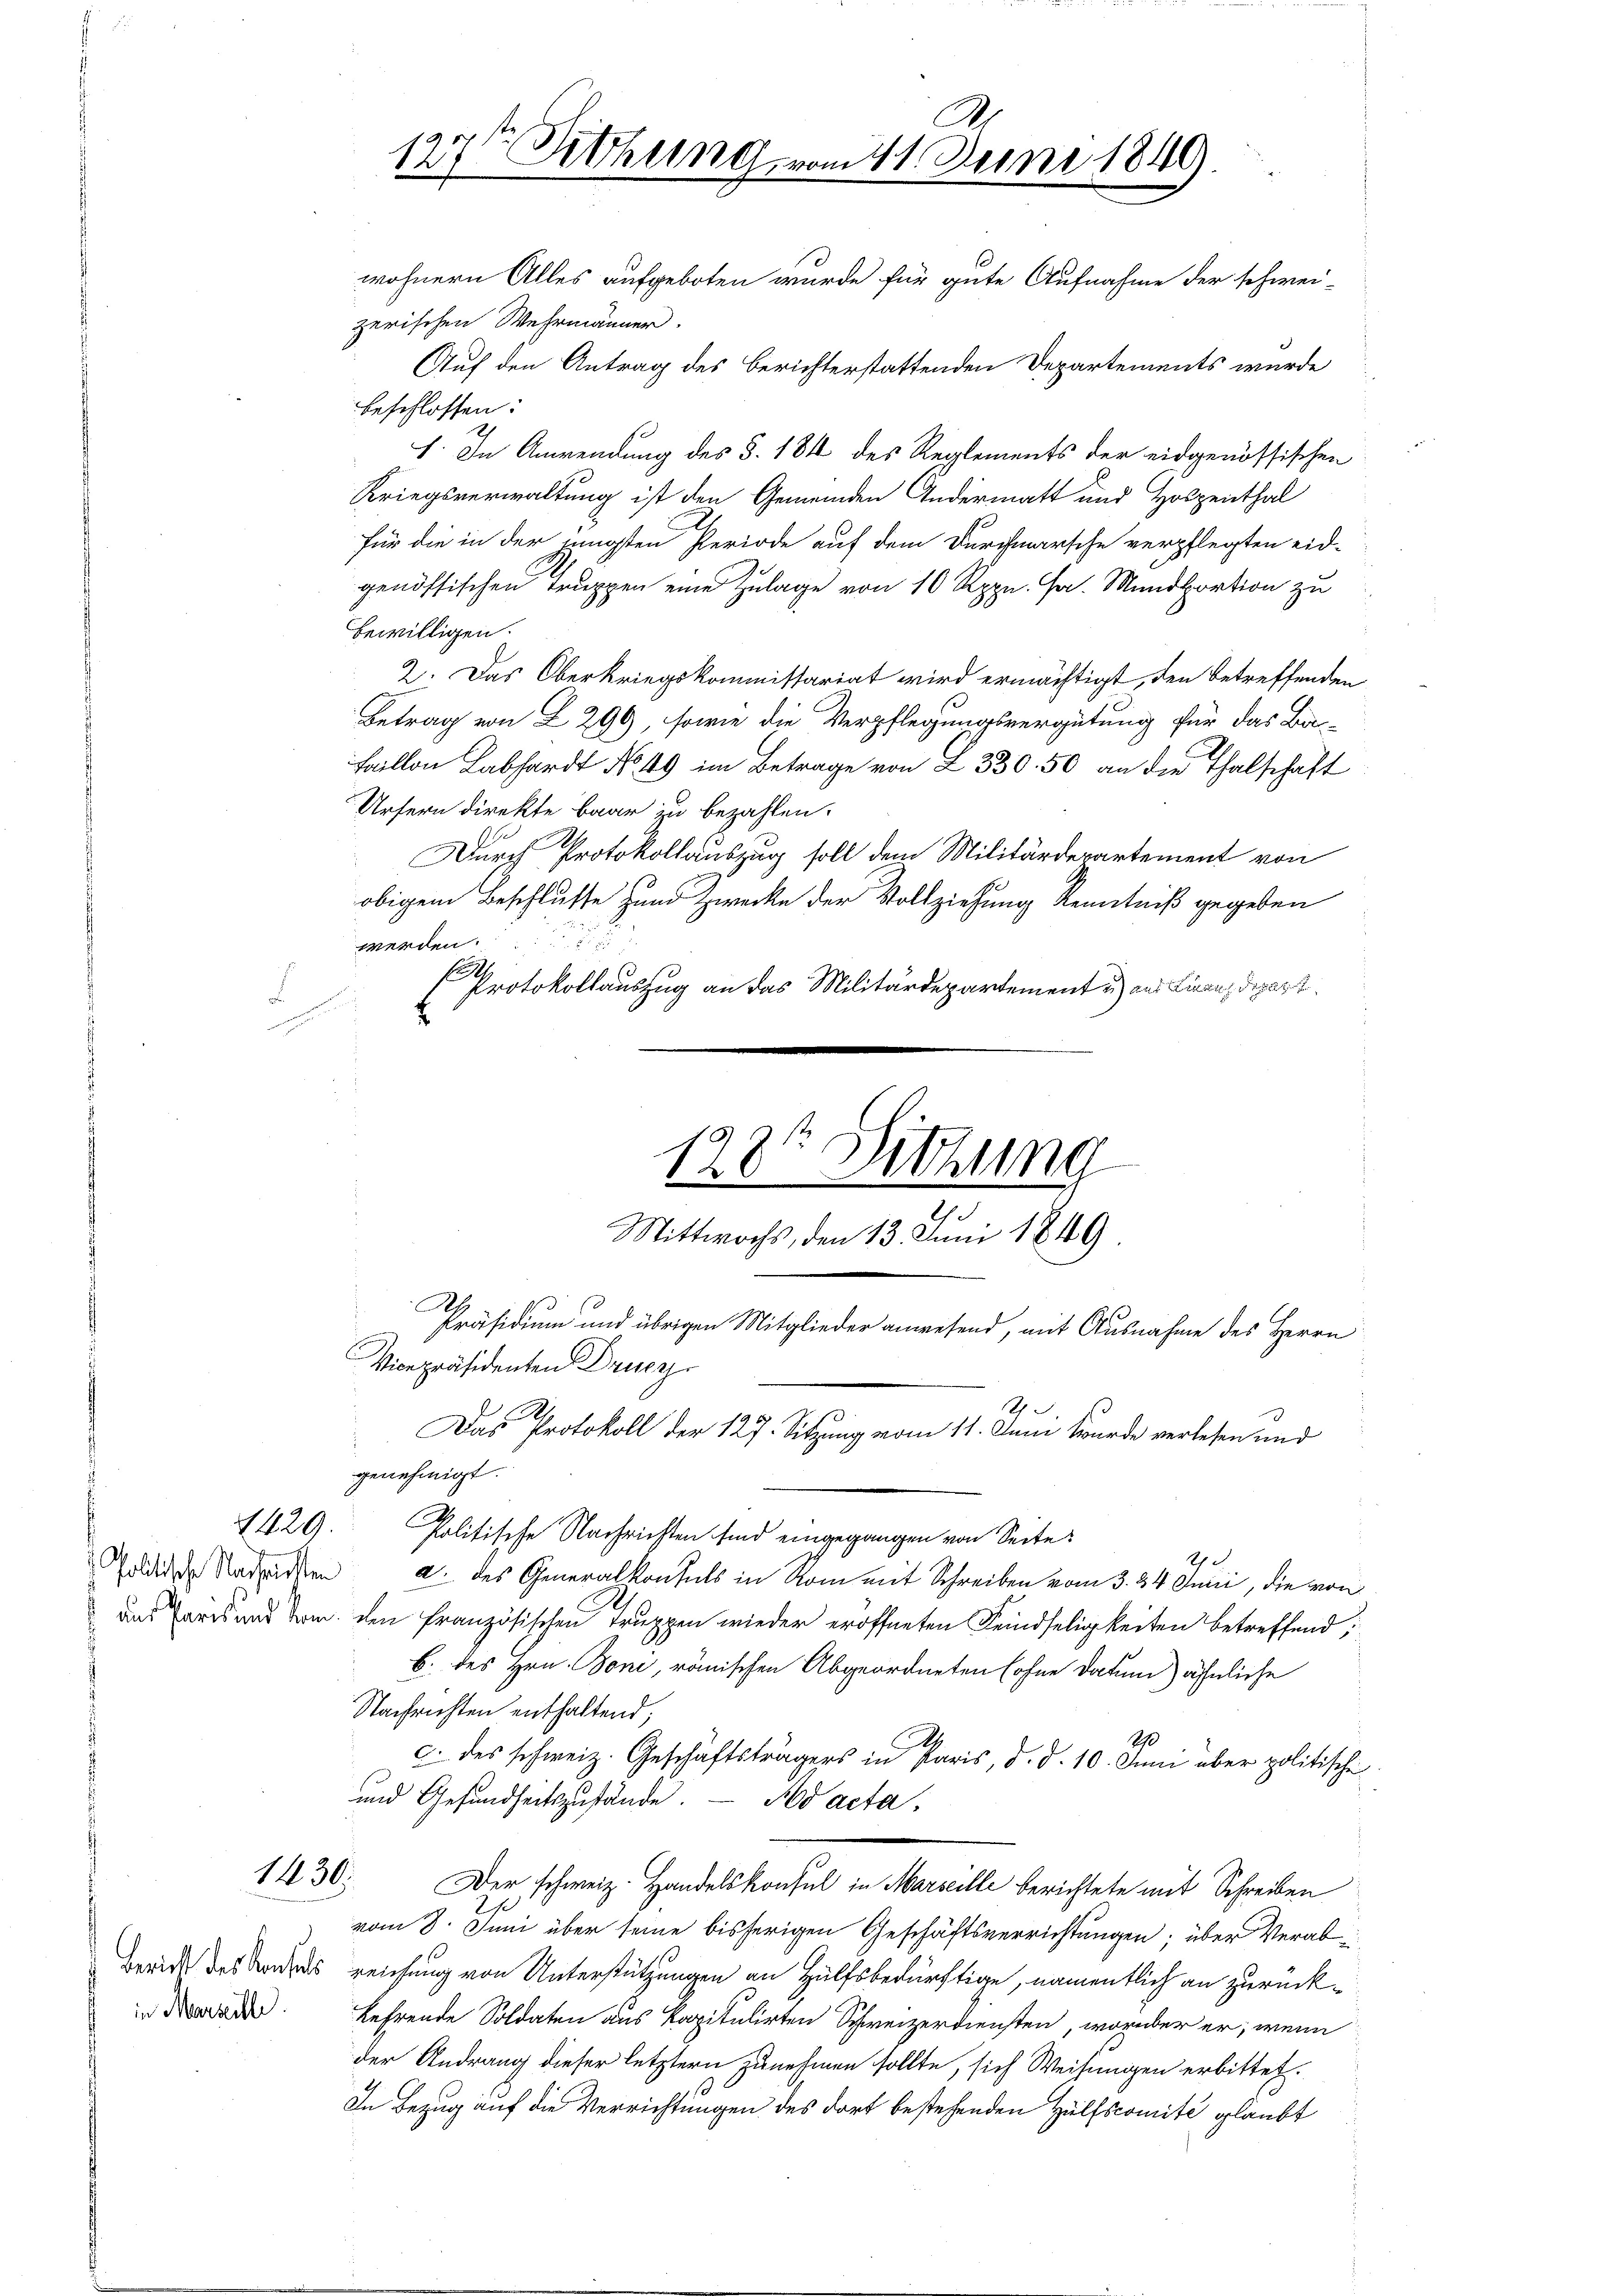
1429.

Politische Nachrichten

in Marzille.

zerischen Wehrmänner.
Auf den Antrag des berichterstattenden Departements wurde
beschlossen:
I. In Anwendung des §. 134 des Reglements der eidgenössischen
Kriegsverwaltung ist den Gemeinden Andermatt und Holzenthal
für die in der innigsten Periode auf dem Durchmarsche verpflegten eid-
genössischen Truppen eine Zulage von 10 Rppn. Fr. Mundortion zu
bewilligen.
2. Das Oberkriegskommissariat wird ermächtigt, den betreffenden
Betrag von L 299, sowie die Verpflegungsvergütung für das Ba-
Faillon Labhardt No 49 im Betrage von Z. 330. 50 an die Thalschaft
Urfern direkte Baar zu bezahlen.
Durch Protokollauszug soll dem Militärderartement von
obigem Beschlusse zum Zwecke der Vollziehung Kenntniß gegeben
werden.
.
 Protokollauszug an das Militärdepartement u. der Linanzdepart
Präsidium und übrigen Mitglieder anwesend, mit Ausnahme des Herrn
Vicepräsidenten Druc
Das Protokoll der 127. Sitzung vom 11. Juni wurde verlesen und
genehmigt.
Politische Nachrichten sind eingegangen von Seite
1
a. des Generalkonsuls in Rom mit Schreiben vom 3. 34 Junii, die von
das Parisant vom den Französischen Truppen wieder eröffneten Feindseligkeiten betreffend,
b. des Hrn. Doni, römischen Abgeordneten (ohne Datum) ähnliche
Nachrichten enthaltend;
c. des schweiz. Geschäftsträgers in Paris, d. d. 10. Juni aber politische
und Gesundheitszustände. — No acta,
1430.
Der schweiz. Handelskonsul in Marseille berichtete mit Schreiben
vom 8. Juni über seine bisherigen Geschäftsverrichtungen; über Verab
Braut des Banders reichung von Unterstützungen an Hülfsbedürftige, namentlich an zurückkehrende Soldaten aus kapitulirten Schweizerdiensten, worüber er, wenn
der Andrang dieser letztern zunehmen sollte, sich Weisungen erbittet.
In Bezug auf die Verrichtungen des dort bestehenden Hülfscomite glaubt

A
127ten Sitzung vom 14. Juni 1849.
wohnern Alles aufgeboten wurde für gute Aufnahme der schwei-

198t Sitzung
Mittwochs, den 13. Juni 1849